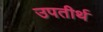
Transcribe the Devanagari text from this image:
उपतीर्थ